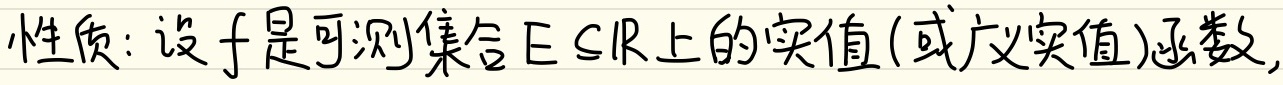
性质: 设$f$是可测集合$E \subseteq \mathbb{R}$上的实值(或广义实值)函数,